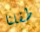
طفلنا